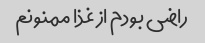
راضی بودم از غذا ممنونم